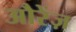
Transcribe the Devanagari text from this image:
औरेंज़